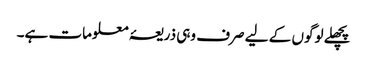
پچھلے لوگوں کے لیے صرف وہی ذریعۂ معلومات ہے۔